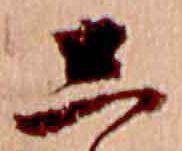
し